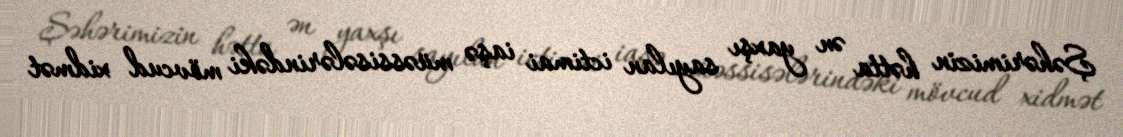
Şəhərimizin hətta ən yaxşı sayılan ictimai iaşə müəssisələrindəki mövcud xidmət